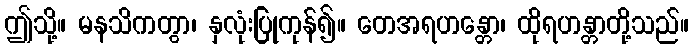
ဤသို့။ မနသိကတွာ၊ နှလုံးပြုကုန်၍။ တေအရဟန္တော၊ ထိုရဟန္တာတို့သည်။